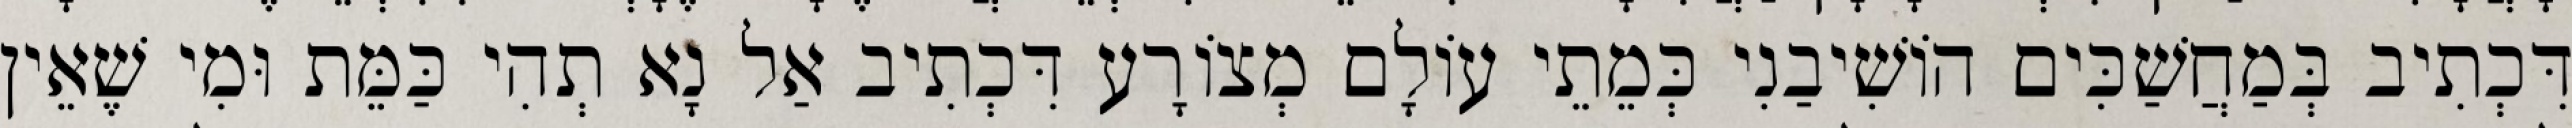
דִּכְתִיב בְּמַחֲשַׁכִּים הוֹשִׁיבַנִי כְּמֵתֵי עוֹלָם מְצוֹרָע דִּכְתִיב אַל נָא תְהִי כַּמֵּת וּמִי שֶׁאֵין